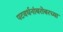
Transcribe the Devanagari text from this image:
पटवर्धनांबरोबरच्या